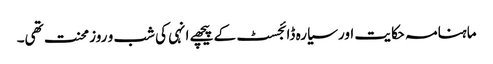
ماہنامہ حکایت اور سیارہ ڈائجسٹ کے پیچھے انہی کی شب و روز محنت تھی۔